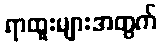
ရာထူးများအတွက်